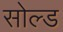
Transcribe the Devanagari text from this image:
सोल्‍ड